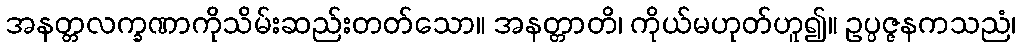
အနတ္တလက္ခဏာကိုသိမ်းဆည်းတတ်သော။ အနတ္တာတိ၊ ကိုယ်မဟုတ်ဟူ၍။ ဥပ္ပဇ္ဇနကသညံ၊